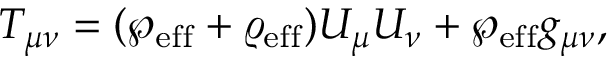
T _ { \mu \nu } = ( \wp _ { \mathrm { e f f } } + \varrho _ { \mathrm { e f f } } ) U _ { \mu } U _ { \nu } + \wp _ { \mathrm { e f f } } g _ { \mu \nu } ,